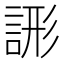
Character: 𧨘